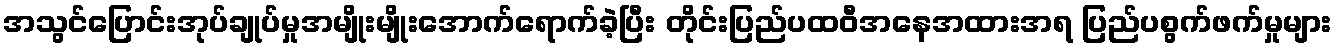
အသွင်ပြောင်းအုပ်ချုပ်မှုအမျိုးမျိုးအောက်ရောက်ခဲ့ပြီး တိုင်းပြည်ပထဝီအနေအထားအရ ပြည်ပစွက်ဖက်မှုများ